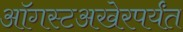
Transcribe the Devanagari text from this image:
ऑगस्टअखेरपर्यंत